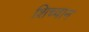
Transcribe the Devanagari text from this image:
शिच्वान